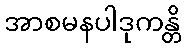
အာစမနပါဒုကန္တိ